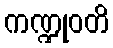
ကဏ္ဍုဝတိ